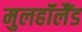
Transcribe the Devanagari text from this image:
मुलहॉलैंड